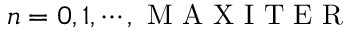
n = 0 , 1 , \cdots , \mathrm { ~ M ~ A ~ X ~ I ~ T ~ E ~ R ~ }